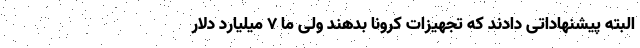
البته پیشنهاداتی دادند که تجهیزات کرونا بدهند ولی ما ۷ میلیارد دلار